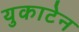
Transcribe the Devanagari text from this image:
युकाटेन